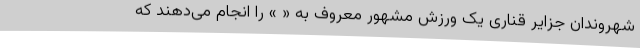
شهروندان جزایر قناری یک ورزش مشهور معروف به « » را انجام می‌دهند که